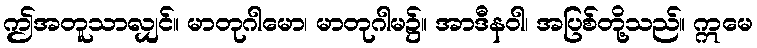
ဤအတူသာလျှင်။ မာတုဂါမော၊ မာတုဂါမ၌။ အာဒီနဝါ၊ အပြစ်တို့သည်။ ဣမေ